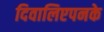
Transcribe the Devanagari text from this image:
दिवालिएपनके